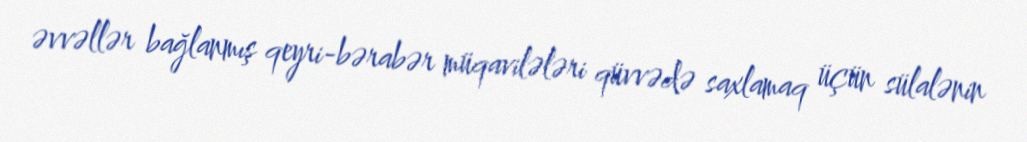
əvvəllər bağlanmış qeyri-bərabər müqavilələri qüvvədə saxlamaq üçün sülalənin